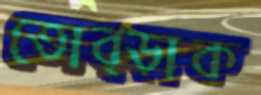
তোব্‌ড়াক